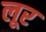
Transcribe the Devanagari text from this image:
लूर